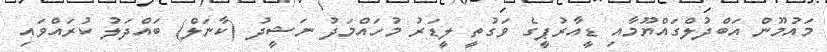
މައުމޫން އަބްދުލްގައްޔޫމާއި ޑީއާރުޕީގެ ވަގުތީ ލީޑަރު މުހައްމަދު ނަޝީދު (ކާނަލް) ބައްދަލު ކުރައްވައި